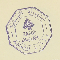
الجمهوريّة اللبْنانيَة - وزارة الدَاخليّة محَافظة جبَل لبنان